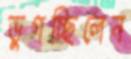
ভুগচ্ছিলেন